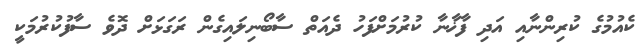
ކެއުމުގެ ކުރިންނާއި އަދި ފާޚާނާ ކުރުމަށްފަހު ދެއަތް ސާބޯނިލައިގެން ރަގަޅަށް ދޮވެ ސާފުކުރުމަކީ